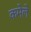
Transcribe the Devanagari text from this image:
कमेले